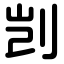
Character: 剀